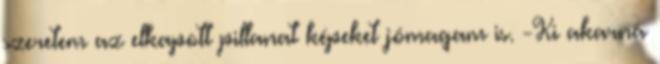
szeretem az elkapott pillanat képeket jómagam is. -Ki akarná